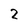
Character: 2